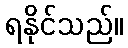
ရနိုင်သည်။